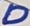
Text: D